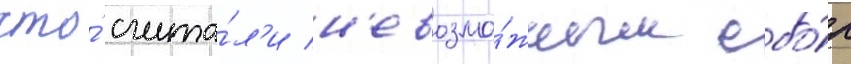
что́ счита́л'и н'евозмо́жным сбо́р